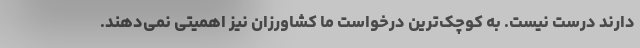
دارند درست نیست. به کوچک‌ترین درخواست ما کشاورزان نیز اهمیتی نمی‌دهند.